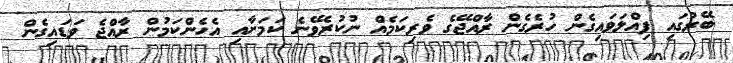
ބޭރުގައި ފިއްލަވައިގެން ހުރެގެން ރާއްޖޭގެ ވެރިކަމެއް ނުކުރެވޭނެ ކަމަށާއި އެހެންކަމުން ރާއްޖެ ވަޑައިގެން